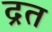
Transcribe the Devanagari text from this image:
द्रत